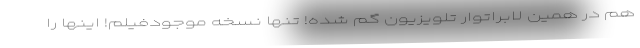
هم در همین لابراتوار تلویزیون گم شده! تنها نسخه موجودفیلم! اینها را